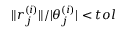
\| r _ { j } ^ { ( i ) } \| / | \theta _ { j } ^ { ( i ) } | < t o l